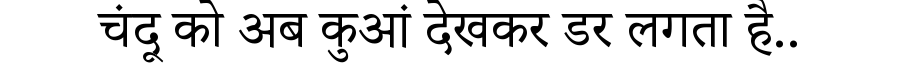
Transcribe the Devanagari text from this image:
चंदू को अब कुआं देखकर डर लगता है..